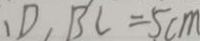
、 D 、 B ^ { \prime } C = 5 c m